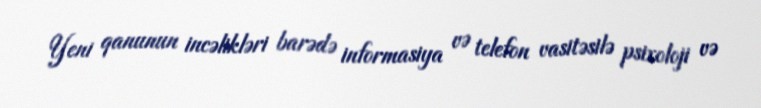
Yeni qanunun incəlikləri barədə informasiya və telefon vasitəsilə psixoloji və